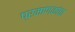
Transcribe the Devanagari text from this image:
प्रमाणकांचा